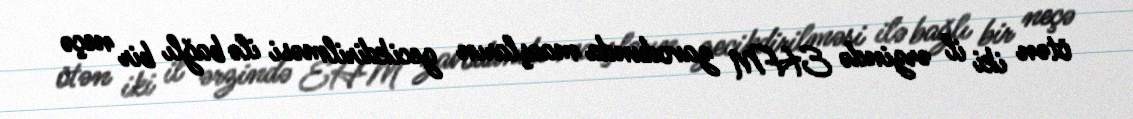
ötən iki il ərzində EHM zavodunda maaşların gecikdirilməsi ilə bağlı bir neçə